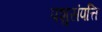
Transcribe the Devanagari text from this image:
पशुसंपत्ति